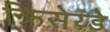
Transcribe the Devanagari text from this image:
क्रिसेय्डे